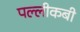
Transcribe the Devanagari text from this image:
पल्लीकबी